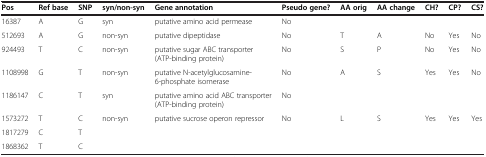
| Pos | Ref base | SNP | syn/non-syn | Gene annotation | Pseudo gene? | AA orig | AA change | CH? | CP? | CS? |
 | --- | --- | --- | --- | --- | --- | --- | --- | --- | --- | --- |
 | 16387 | A | G | syn | putative amino acid permease | No |  |  |  |  |  |
 | 512693 | A | G | non-syn | putative dipeptidase | No | T | A | No | Yes | No |
 | 924493 | T | C | non-syn | putative sugar ABC transporter (ATP-binding protein) | No | S | P | No | Yes | No |
 | 1108998 | G | T | non-syn | putative N-acetylglucosamine-6-phosphate isomerase | No | A | S | Yes | Yes | No |
 | 1186147 | C | T | syn | putative amino acid ABC transporter (ATP-binding protein) | No |  |  |  |  |  |
 | 1573272 | T | C | non-syn | putative sucrose operon repressor | No | L | S | Yes | Yes | Yes |
 | 1817279 | C | T |  |  |  |  |  |  |  |  |
 | 1868362 | T | C |  |  |  |  |  |  |  |  |